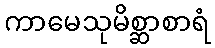
ကာမေသုမိစ္ဆာစာရံ